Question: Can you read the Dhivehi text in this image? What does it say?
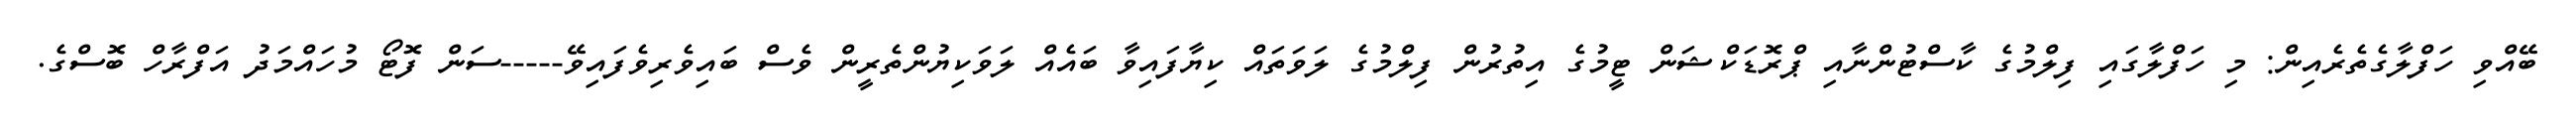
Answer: ބޭއްވި ހަފްލާގެތެރެއިން: މި ހަފްލާގައި ފިލްމުގެ ކާސްޓުންނާއި ޕްރޮޑަކްޝަން ޓީމުގެ އިތުރުން ފިލްމުގެ ލަވަތައް ކިޔާފައިވާ ބައެއް ލަވަކިޔުންތެރީން ވެސް ބައިވެރިވެފައިވޭ-----ސަން ފޮޓޯ މުހައްމަދު އަފްރާހް ބޮސްގެ.